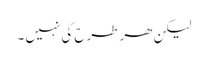
لیکن ھر طرح کی نہیں ۔